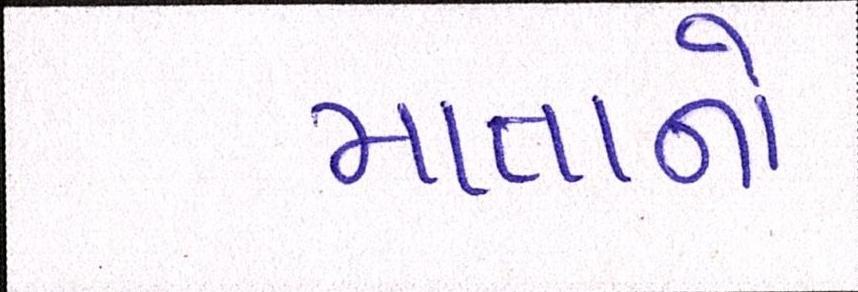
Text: માતાનો